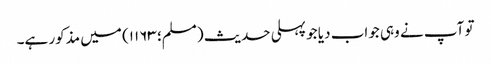
تو آپ نے وہی جواب دیا جو پہلی حدیث (مسلم؛ ۱۱۶۳) میں مذکور ہے۔